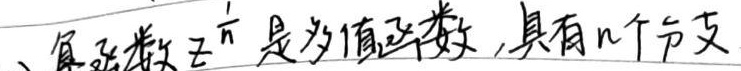
复函数 \(z^{\frac{1}{n}}\) 是多值函数，具有 \(n\) 个分支。